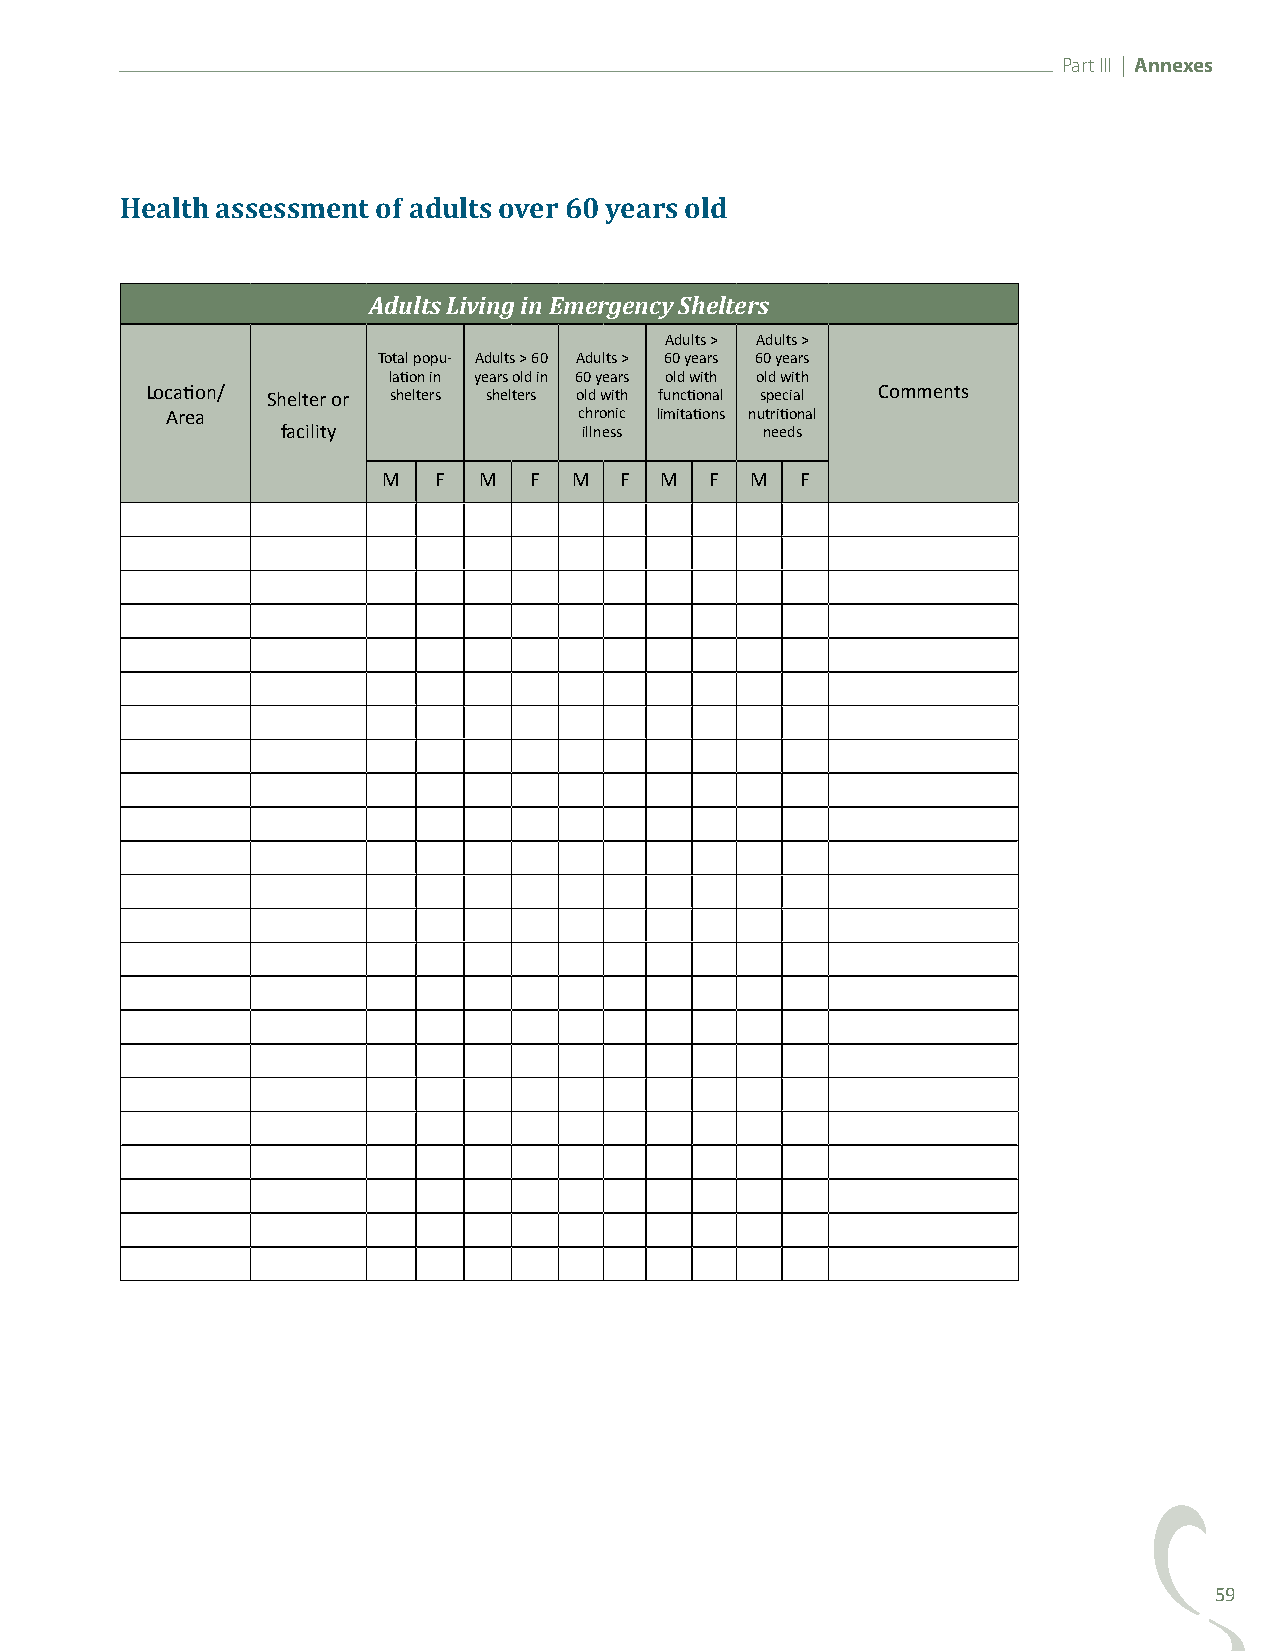
Part III | Annexes
 Health assessment of adults over 60 years old
 Adults Living in Emergency Shelters
 Adults > Adults >
 Total popu- Adults > 60 Adults > 60 years 60 years
 lation in years old in 60 years old with old with
 Location/ Shelter or shelters shelters old with functional special Comments
 Area                       chronic limitations nutritional
 facility            illness     needs
 M   F  M  F  M  F  M  F  M  F
 59